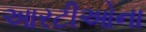
આરટીઓના